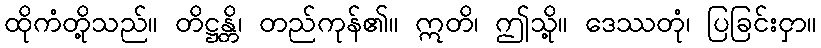
ထိုကံတို့သည်။ တိဋ္ဌန္တိ၊ တည်ကုန်၏။ ဣတိ၊ ဤသို့။ ဒေဿတုံ၊ ပြခြင်းငှာ။